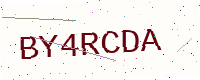
Text: BY4RCDA